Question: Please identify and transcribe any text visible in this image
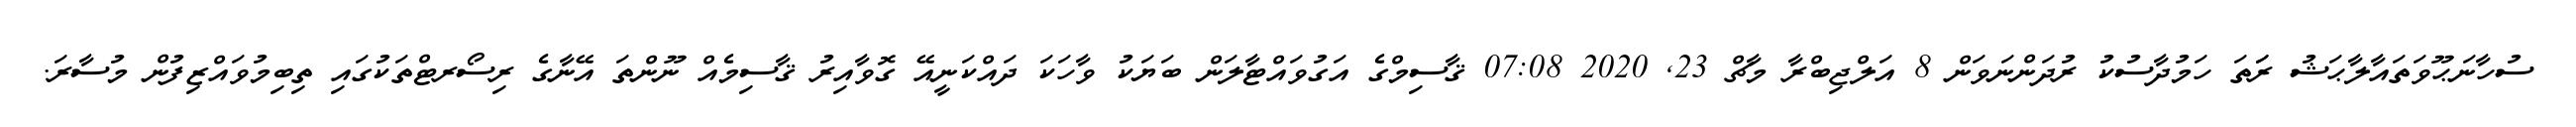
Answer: ސުހާނަޙޫވަތައާލާޙަޝު ރަަތަ ހަމުދާސުކު ރުދަންނަވަން 8 އަލްޖިބްރާ މާޗް 23, 2020 07:08 ޤާސިމްގެ އަގުވައްޓާލަން ބަޔަކު ވާހަކަ ދައްކަނީއޭ ގޮވާއިރު ޤާސިމެއް ނޫންތަ އޭނާގެ ރިސޯރޓްތަކުގައި ތިބިމުވައްޒިފުން މުސާރަ.